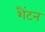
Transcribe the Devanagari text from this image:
शैंटन